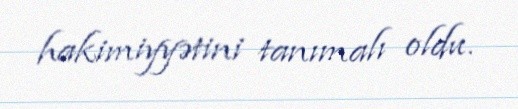
hakimiyyətini tanımalı oldu.